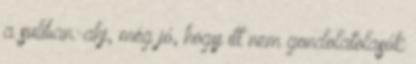
a suliban. ahj, még jó, hogy itt nem gondolatolasók